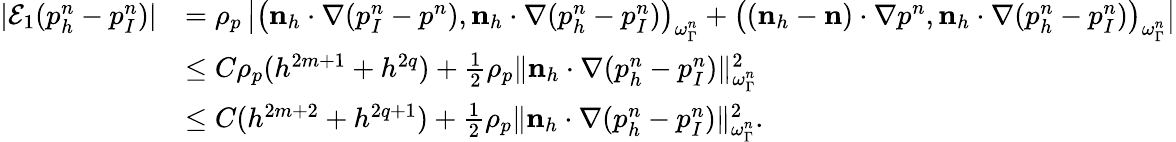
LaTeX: \begin{array}{rl}{|\mathcal{E}_{1}(p_{h}^{n}-p_{I}^{n})|}&{=\rho_{p}\left|\big(\mathbf n_{h}\cdot\nabla(p_{I}^{n}-p^{n}),\mathbf n_{h}\cdot\nabla(p_{h}^{n}-p_{I}^{n})\big)_{\omega_{\Gamma}^{n}}+\big((\mathbf n_{h}-\mathbf n)\cdot\nabla p^{n},\mathbf n_{h}\cdot\nabla(p_{h}^{n}-p_{I}^{n})\big)_{\omega_{\Gamma}^{n}}\right|}\\ &{\leq C\rho_{p}(h^{2m+1}+h^{2q})+\frac 12\rho_{p}\| \mathbf n_{h}\cdot\nabla(p_{h}^{n}-p_{I}^{n})\| _{\omega_{\Gamma}^{n}}^{2}}\\ &{\leq C(h^{2m+2}+h^{2q+1})+\frac 12\rho_{p}\| \mathbf n_{h}\cdot\nabla(p_{h}^{n}-p_{I}^{n})\| _{\omega_{\Gamma}^{n}}^{2}.}\end{array}